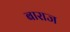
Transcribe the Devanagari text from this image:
बाराज